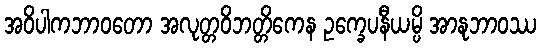
အဝိပါကဘာဝတော အလုတ္တဝိဘတ္တိကေန ဥက္ခေပနီယမ္ပိ အာနုဘာဝဿ